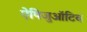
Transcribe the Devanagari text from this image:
ऐपिजुऑटिव